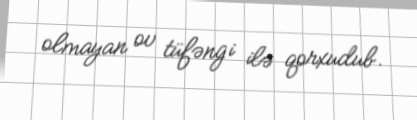
olmayan ov tüfəngi ilə qorxudub.